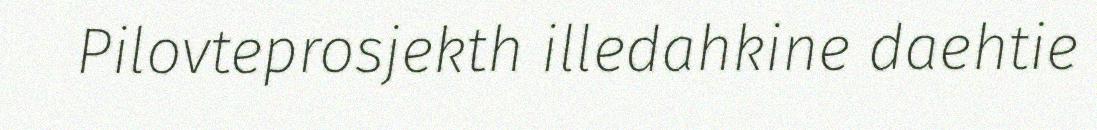
Pilovteprosjekth illedahkine daehtie